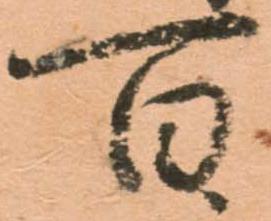
百